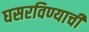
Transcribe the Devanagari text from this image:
घसरविण्याची